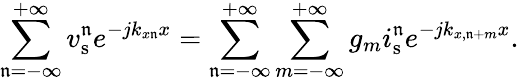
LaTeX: \sum_{\mathfrak{n}=-\infty}^{+\infty}v_{\mathrm{{s}}}^{\mathfrak{n}}e^{-jk_{x\mathfrak{n}}x}=\sum_{\mathfrak{n}=-\infty}^{+\infty}\sum_{m=-\infty}^{+\infty}g_{m}i_{\mathrm{{s}}}^{\mathfrak{n}}e^{-jk_{x,\mathfrak{n}+m}x}.